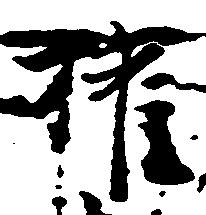
権